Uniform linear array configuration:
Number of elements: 4
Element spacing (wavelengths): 0.25
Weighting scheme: uniform
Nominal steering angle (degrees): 15
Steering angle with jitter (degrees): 15.281
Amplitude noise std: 0.05
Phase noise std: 0.05

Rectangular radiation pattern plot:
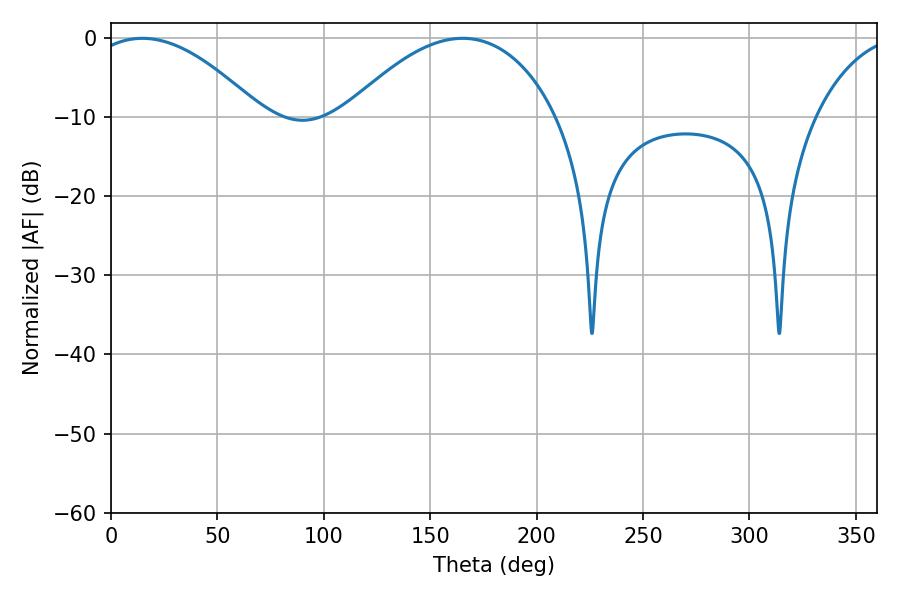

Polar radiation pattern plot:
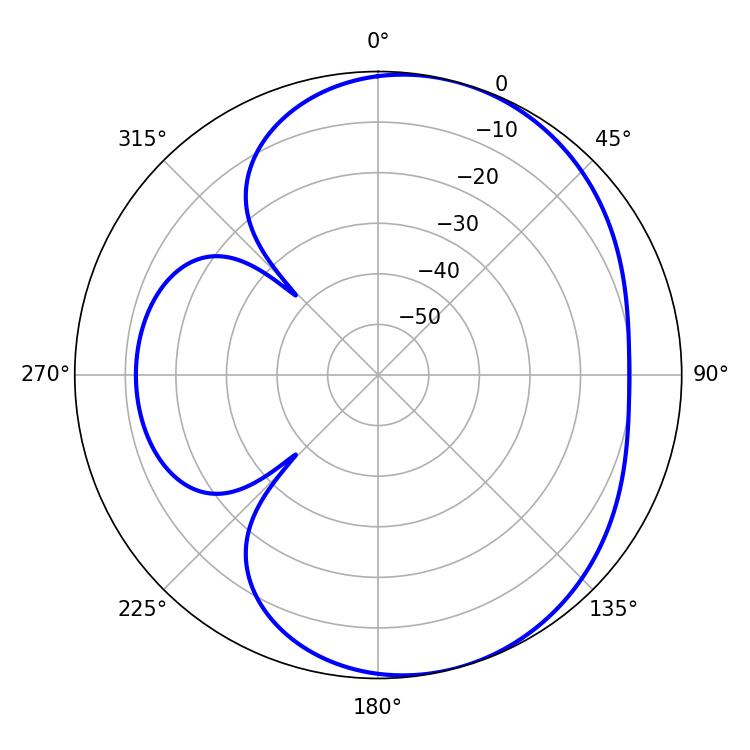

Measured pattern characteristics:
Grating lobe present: FALSE
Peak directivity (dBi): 5.224
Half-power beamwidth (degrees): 44.46
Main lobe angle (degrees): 14.76